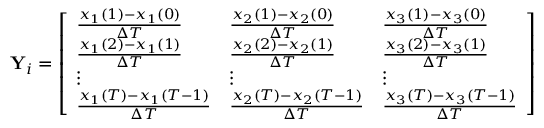
\mathbf { Y } _ { i } = \left[ \begin{array} { l l l } { \frac { x _ { 1 } ( 1 ) - x _ { 1 } ( 0 ) } { \Delta T } } & { \frac { x _ { 2 } ( 1 ) - x _ { 2 } ( 0 ) } { \Delta T } } & { \frac { x _ { 3 } ( 1 ) - x _ { 3 } ( 0 ) } { \Delta T } } \\ { \frac { x _ { 1 } ( 2 ) - x _ { 1 } ( 1 ) } { \Delta T } } & { \frac { x _ { 2 } ( 2 ) - x _ { 2 } ( 1 ) } { \Delta T } } & { \frac { x _ { 3 } ( 2 ) - x _ { 3 } ( 1 ) } { \Delta T } } \\ { \vdots } & { \vdots } & { \vdots } \\ { \frac { x _ { 1 } ( T ) - x _ { 1 } ( T - 1 ) } { \Delta T } } & { \frac { x _ { 2 } ( T ) - x _ { 2 } ( T - 1 ) } { \Delta T } } & { \frac { x _ { 3 } ( T ) - x _ { 3 } ( T - 1 ) } { \Delta T } } \end{array} \right]